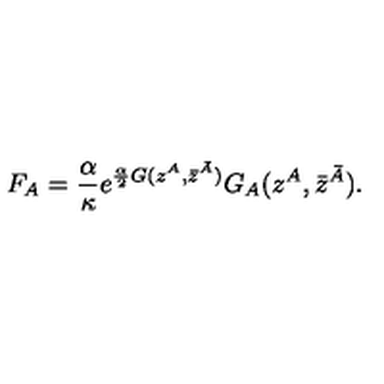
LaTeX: F _ { A } = \frac { \alpha } { \kappa } e ^ { \frac { \alpha } { 2 } G ( z ^ { A } , \bar { z } ^ { \bar { A } } ) } G _ { A } ( z ^ { A } , \bar { z } ^ { \bar { A } } ) .